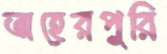
তাহেরপুরি